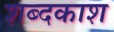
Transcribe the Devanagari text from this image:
शब्दकाश